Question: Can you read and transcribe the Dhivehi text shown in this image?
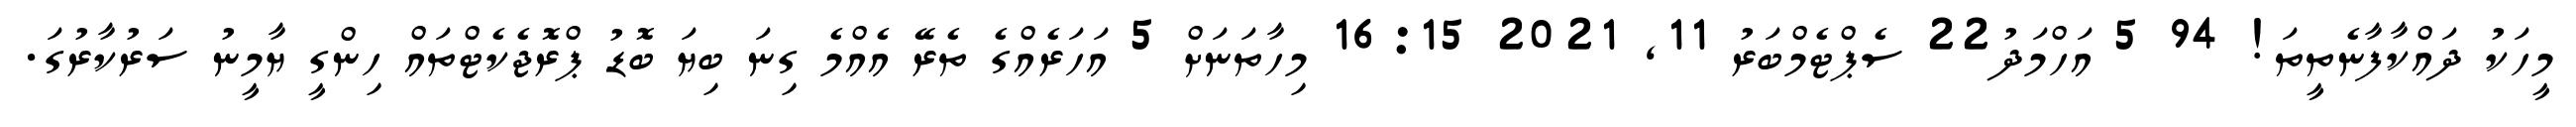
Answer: މީހަކު ދައްކާފާނެތީތަ! 94 5 އަހްމަދު22 ސެޕްޓެމްބަރު 11, 2021 16:15 މިހާތަނަށް 5 އަހަރެއްގެ ތެރޭ އެއްމެ ގިނަ ބިޔަ ބޮޑު ޕްރޮޖެކެޓްތައް ހިންގީ ޔާމީނު ސަރުކާރުގަ.